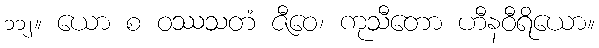
၁၁၂။ ယော စ ဝဿသတံ ဇီဝေ၊ ကုသီတော ဟီနဝီရိယော။